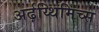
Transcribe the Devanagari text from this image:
अर्ढ़य्थिमिच्स